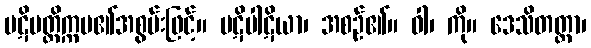
ပဋိပတ္တိက္ကမ၏အစွမ်းဖြင့်။ ပဋိပါဋိယာ၊ အစဉ်၏။ ဝါ၊ ကို။ ဒေသိတတ္တာ၊